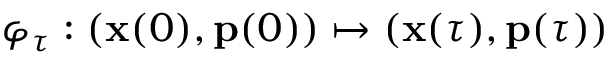
\varphi _ { \tau } : ( \mathbf { x } ( 0 ) , \mathbf { p } ( 0 ) ) \mapsto ( \mathbf { x } ( \tau ) , \mathbf { p } ( \tau ) )